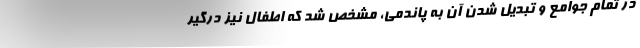
در تمام جوامع و تبدیل شدن آن به پاندمی، مشخص شد که اطفال نیز درگیر